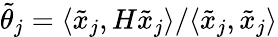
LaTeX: \tilde{\theta}_{j}=\langle\tilde{x}_{j},H\tilde{x}_{j}\rangle/\langle\tilde{x}_{j},\tilde{x}_{j}\rangle